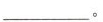
___ 。